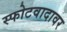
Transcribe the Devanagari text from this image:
स्फोटवादावर